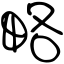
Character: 略